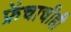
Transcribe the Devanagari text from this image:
फ्रेंचाचीही